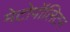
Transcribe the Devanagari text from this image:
मेटोपॉलिटन